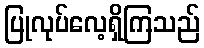
ပြုလုပ်လေ့ရှိကြသည်